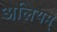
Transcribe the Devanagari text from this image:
अलियम्